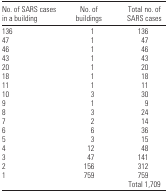
<table><thead><tr><td><b>No. of SARS cases in a building</b></td><td><b>No. of buildings</b></td><td><b>Total no. of SARS cases</b></td></tr></thead><tbody><tr><td>136</td><td>1</td><td>136</td></tr><tr><td>47</td><td>1</td><td>47</td></tr><tr><td>46</td><td>1</td><td>46</td></tr><tr><td>43</td><td>1</td><td>43</td></tr><tr><td>20</td><td>1</td><td>20</td></tr><tr><td>18</td><td>1</td><td>18</td></tr><tr><td>11</td><td>1</td><td>11</td></tr><tr><td>10</td><td>3</td><td>30</td></tr><tr><td>9</td><td>1</td><td>9</td></tr><tr><td>8</td><td>3</td><td>24</td></tr><tr><td>7</td><td>2</td><td>14</td></tr><tr><td>6</td><td>6</td><td>36</td></tr><tr><td>5</td><td>3</td><td>15</td></tr><tr><td>4</td><td>12</td><td>48</td></tr><tr><td>3</td><td>47</td><td>141</td></tr><tr><td>2</td><td>156</td><td>312</td></tr><tr><td>1</td><td>759</td><td>759</td></tr><tr><td></td><td></td><td>Total 1,709</td></tr></tbody></table>